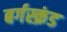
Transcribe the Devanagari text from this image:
बर्गस्क्रंड